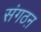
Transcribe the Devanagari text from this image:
संगठऩ